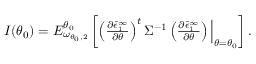
\begin{array} { r } { I ( \theta _ { 0 } ) = E _ { \omega _ { \theta _ { 0 } , 2 } } ^ { \theta _ { 0 } } \left[ \left( \frac { \partial \hat { \epsilon } _ { 1 } ^ { \infty } } { \partial \theta } \right) ^ { t } \Sigma ^ { - 1 } \left( \frac { \partial \hat { \epsilon } _ { 1 } ^ { \infty } } { \partial \theta } \right) { \Big | } _ { \theta = \theta _ { 0 } } \right] . } \end{array}